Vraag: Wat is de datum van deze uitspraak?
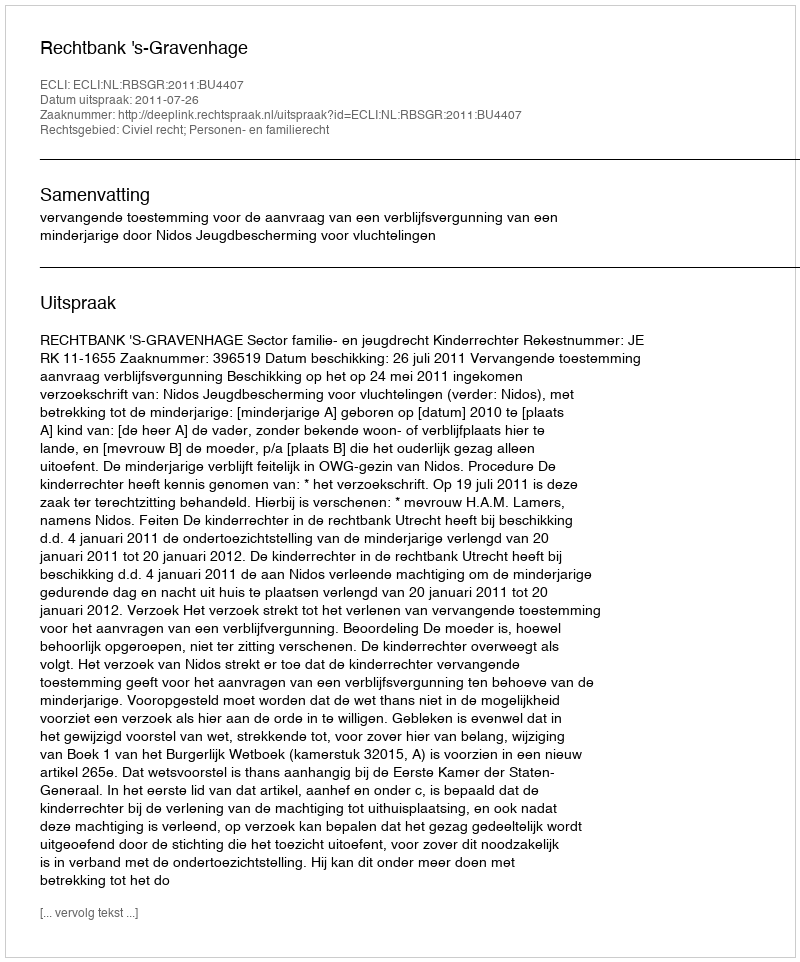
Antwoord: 2011-07-26